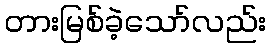
တားမြစ်ခဲ့သော်လည်း